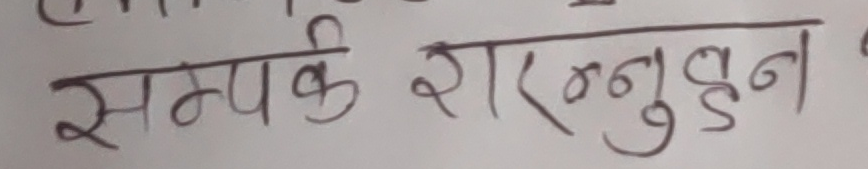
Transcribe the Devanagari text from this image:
सम्पर्क शरननुहुन ?